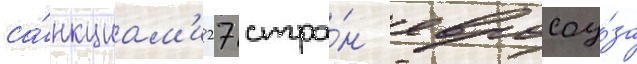
са́нкциам'и 27 стра́н евросоу́за